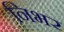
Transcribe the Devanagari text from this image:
निभर